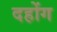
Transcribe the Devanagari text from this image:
दहोंग